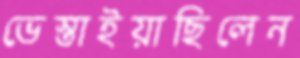
ভেস্তাইয়াছিলেন